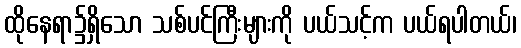
ထိုနေရာ၌ရှိသော သစ်ပင်ကြီးများကို ပယ်သင့်က ပယ်ရပါတယ်၊